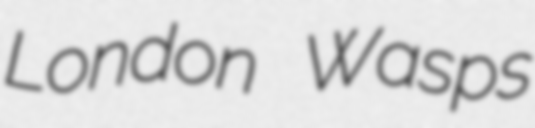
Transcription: London Wasps